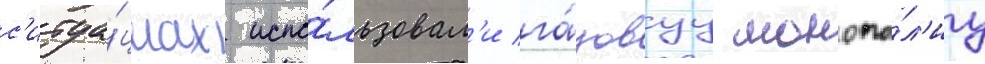
с'итуа́циах испо́льзовал'и га́зовуу монопо́л'иу